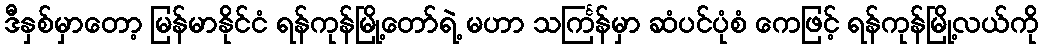
ဒီနှစ်မှာတော့ မြန်မာနိုင်ငံ ရန်ကုန်မြို့တော်ရဲ့ မဟာ သင်္ကြန်မှာ ဆံပင်ပုံစံ ကေဖြင့် ရန်ကုန်မြို့လယ်ကို